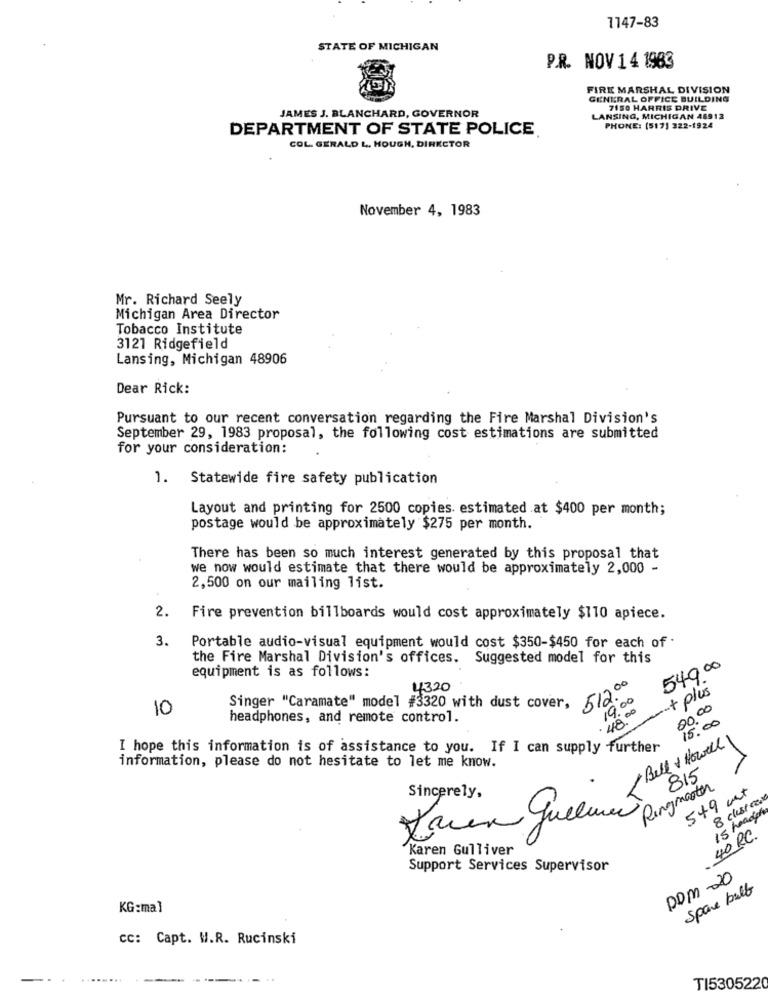
1147-83
STATE OF MICHIGAN
P.R. NOV 1 4 1983
FIRE MARSHAL DIVISION
GENERAL OFFICE BUILDING
7150 HARRIS DRIVE
JAMES J. BLANCHARD, GOVERNOR
LANSING, MICHIGAN 48913
DEPARTMENT OF STATE POLICE
PHONE: (517) 322-1924
COL. GERALD L. HOUGH, DIRECTOR
November 4, 1983
Mr. Richard Seely
Michigan Area Director
Tobacco Institute
3121 Ridgefield
Lansing, Michigan 48906
Dear Rick:
Pursuant to our recent conversation regarding the Fire Marshal Division's
September 29, 1983 proposal, the following cost estimations are submitted
for your consideration:
1. Statewide fire safety publication
Layout and printing for 2500 copies. estimated at $400 per month;
postage would be approximately $275 per month.
There has been so much interest generated by this proposal that
we now would estimate that there would be approximately 2,000 -
2,500 on our mailing list.
2.
Fire prevention billboards would cost approximately $110 apiece.
3.
Portable audio-visual equipment would cost $350-$450 for each of .
the Fire Marshal Division's offices. Suggested model for this
equipment is as follows:
549 00
4320
51200
-o+ plus
19:00
10
Singer "Caramate" model #3320 with dust cover,
48.00
00.00
headphones, and remote control.
15:00
Bell & Howell
I hope this information is of assistance to you. If I can supply further
information, please do not hesitate to let me know.
815
Ringmaster
549 mt
Sincerely,
8 clusters
15 headles
Laien guered
40 RC.
Karen Gulliver
Support Services Supervisor
DOM-20
Spare bull
KG:mal
CC: Capt. W.R. Rucinski
TI530522